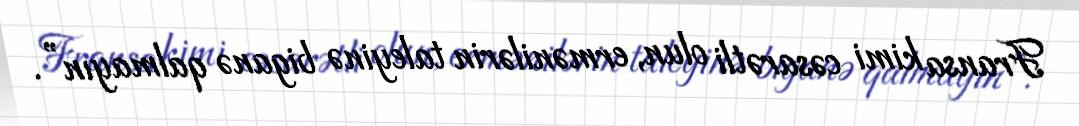
Fransa kimi cəsarətli olun, ermənilərin taleyinə biganə qalmayın”.